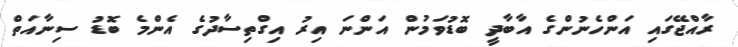
ރާއްޖޭގައި އަންހެނުންގެ އާބާދީ ބޮޑުވަމުން އަންނަ އިރު އިގްތިސާދުގެ އެންމެ ބޮޑު ސިނާއަތް